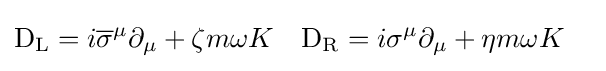
{\begin{aligned}\mathrm {D} _{\rm {L}}&=i{\overline {\sigma }}^{\mu }\partial _{\mu }+\zeta m\omega K&\mathrm {D} _{\rm {R}}&=i\sigma ^{\mu }\partial _{\mu }+\eta m\omega K\end{aligned}}